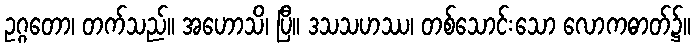
ဥဂ္ဂတော၊ တက်သည်။ အဟောသိ၊ ပြီ။ ဒသသဟဿ၊ တစ်သောင်းသော လောကဓာတ်၌။